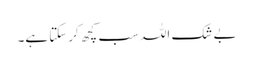
بے شک اللہ سب کچھ کرسکتا ہے۔